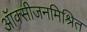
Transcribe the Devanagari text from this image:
ऑक्सीजनमिश्रित